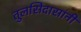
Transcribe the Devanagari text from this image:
तुलसिदासांनी